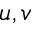
u , v